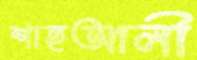
শাহআলী